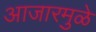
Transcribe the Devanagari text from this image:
आजारमुळे